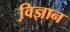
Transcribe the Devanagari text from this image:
वि़ज्ञान